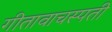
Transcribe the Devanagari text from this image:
गीतावाचस्पती